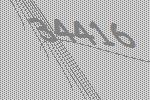
34416